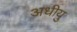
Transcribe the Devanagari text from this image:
अधीयु